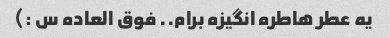
یه عطر هاطره انگیزه برام.. فوق العاده س :)